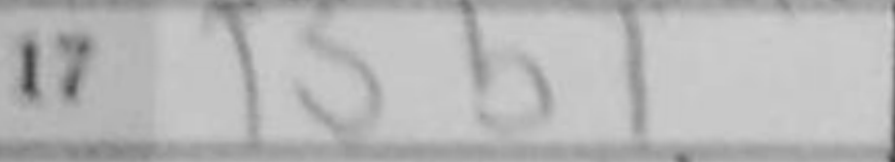
Transcription: Bb1